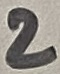
Text: 2